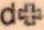
d+